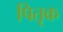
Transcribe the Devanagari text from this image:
पितृक